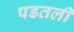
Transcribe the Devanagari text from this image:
पडतली